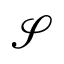
\mathcal { S }